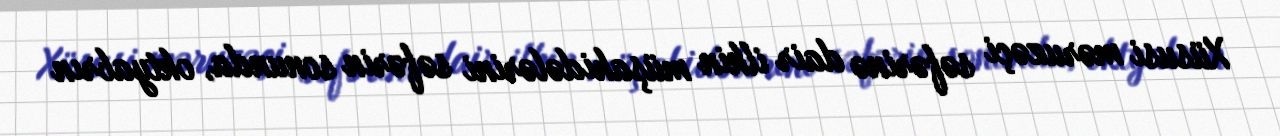
Xüsusi məruzəçi səfərinə dair ilkin müşahidələrini səfərin sonunda, oktyabrın